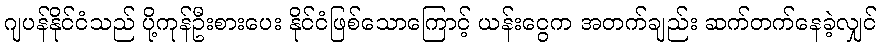
ဂျပန်နိုင်ငံသည် ပို့ကုန်ဦးစားပေး နိုင်ငံဖြစ်သောကြောင့် ယန်းငွေက အတက်ချည်း ဆက်တက်နေခဲ့လျှင်